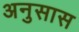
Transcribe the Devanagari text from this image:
अनुसास